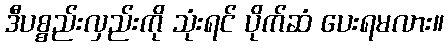
ဒီပစ္စည်းလှည်းကို သုံးရင် ပိုက်ဆံ ပေးရမလား။